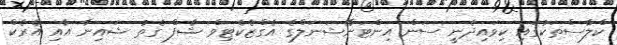
ކްލާސްތަކުގައި ކިވައިދެނީ ސަން އިންޓަނޭޝަނަލްގެ އެގްޒެކެޓިވް ޝެފް ގެތު ޝައިނާ އާއި އެރެކް